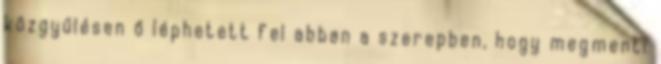
közgyűlésen ő léphetett fel abban a szerepben, hogy megmenti